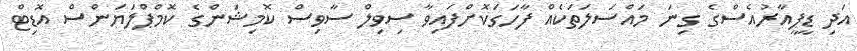
އަދި ޑީޕީއާރުއެސްގެ ގިނަ މައްސަލަތަކެއް ފާހަގަކޮށްފައިވާ ސިވިލް ސާވިސް ކޮމިޝަންގެ ކޮމްޕްލަޔަންސް އޮޑިޓް